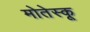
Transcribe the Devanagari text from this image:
मोतेस्कू